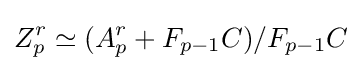
Z_{p}^{r}\simeq (A_{p}^{r}+F_{p-1}C)/F_{p-1}C